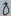
Text: 8